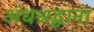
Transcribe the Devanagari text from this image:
अंधश्रद्धाना